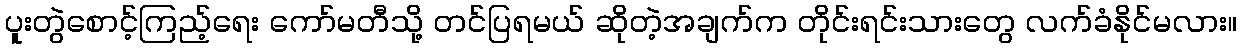
ပူးတွဲစောင့်ကြည့်ရေး ကော်မတီသို့ တင်ပြရမယ် ဆိုတဲ့အချက်က တိုင်းရင်းသားတွေ လက်ခံနိုင်မလား။